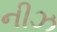
નીઝ